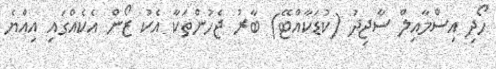
ހޯދި އިސްމާއިލް ސާޖިދު (ކުޑަކާއްޓޭ) ބާރު ޖެހުންތަކާ އެކު ޒޯން އެކެއްގައި އިއްޔެ